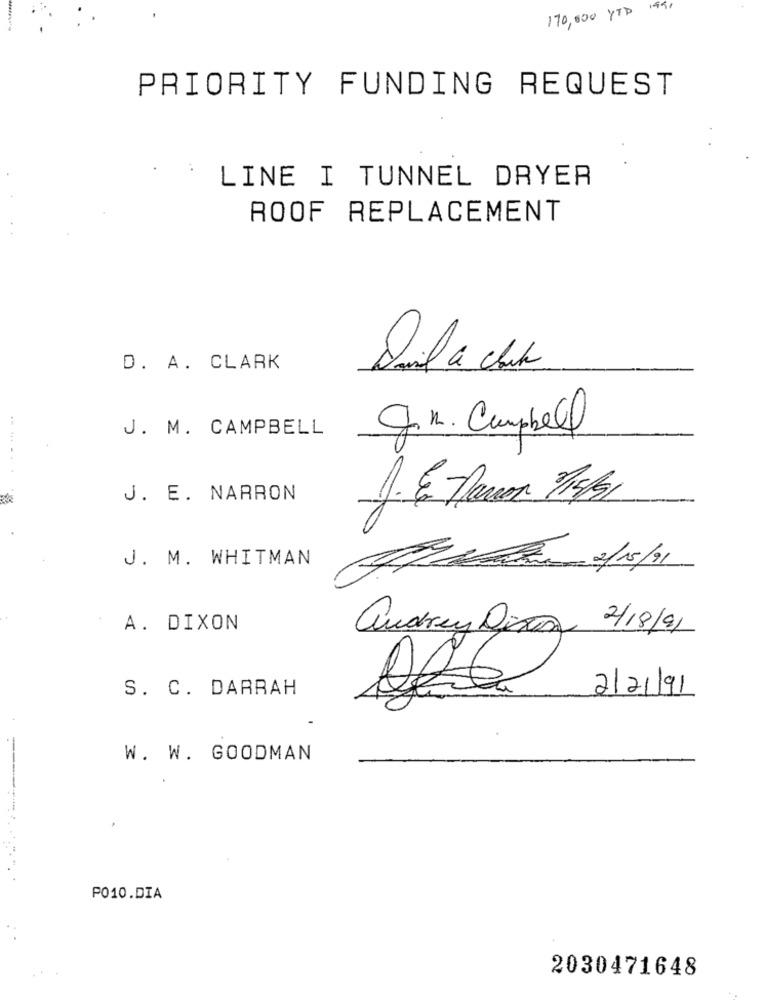
1991
170,000 YTP
PRIORITY FUNDING REQUEST
LINE I TUNNEL DRYER
ROOF REPLACEMENT
D. A. CLARK
J. M. CAMPBELL
gm. Campbell
J. E. NARRON
J. M. WHITMAN
A. DIXON
audrey Diton 2/8/91
S. C. DARRAH
2/21/91
W. W. GOODMAN
.
P010.DIA
2030471648